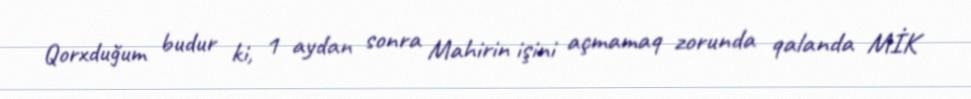
Qorxduğum budur ki, 1 aydan sonra Mahirin işini açmamaq zorunda qalanda MİK